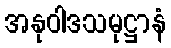
အနုဝါဒသမုဋ္ဌာနံ